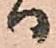
ハ